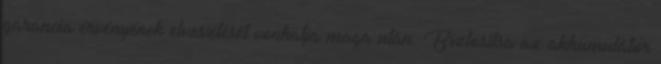
garancia érvényének elvesztését vonhatja maga után. Biztosítsa az akkumulátor